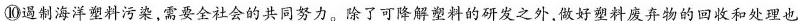
⑩遏制海洋塑料污染，需要全社会的共同努力。除了可降解塑料的研发之外，做好塑料废弃物的回收和处理也